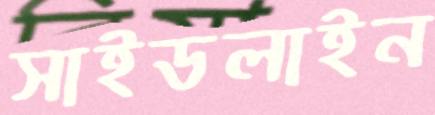
সাইডলাইন